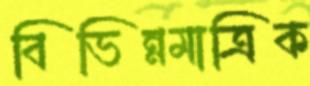
বিভিন্নমাত্রিক